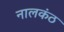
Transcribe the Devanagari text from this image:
नालकंठ